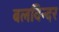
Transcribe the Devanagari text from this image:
बलविन्दर